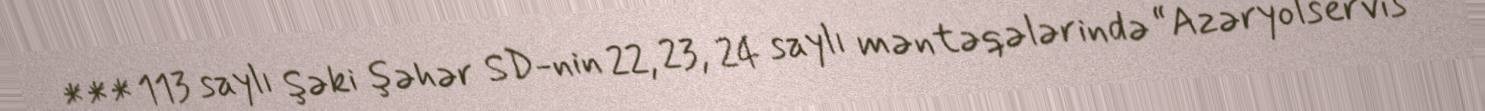
*** 113 saylı Şəki şəhər SD-nin 22, 23, 24 saylı məntəqələrində “Azəryolservis”